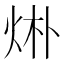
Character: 烞